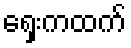
ရှေးကထက်